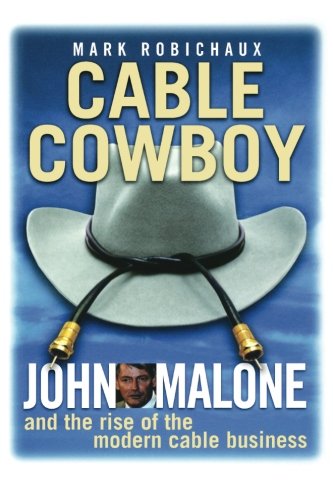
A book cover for Cable Cowboy: John Malone and the Rise of the Modern Cable Business; Mark Robichaux; Business & Money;